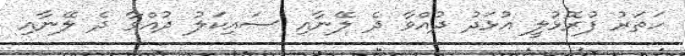
ހަތަރު ފުރޮޅުލީ އުޅަދު ދުއްވާ ދެ ލޭނާއި ސައިކަލު ދުއްވާ ދެ ލޭނާއި